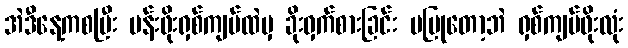
အဲဒီနေ့ကစပြီး ပန်းဖိုးရှစ်ကျပ်ထဲမှ ခိုးဝှက်စားခြင်း မပြုတော့ဘဲ ရှစ်ကျပ်ဖိုးလုံး